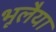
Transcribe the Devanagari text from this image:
भूलैया